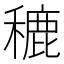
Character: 𮃨